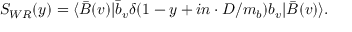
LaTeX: S _ { W R } ( y ) = \langle \bar { B } ( v ) | \bar { b } _ { v } \delta ( 1 - y + i n \cdot D / m _ { b } ) b _ { v } | \bar { B } ( v ) \rangle .